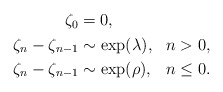
\begin{align*} \begin{aligned} \zeta_0&=0,\\ \zeta_n-\zeta_{n-1}&\sim\exp(\lambda),& n>0,\\ \zeta_n-\zeta_{n-1}&\sim\exp(\rho), & n\leq0. \end{aligned}\end{align*}